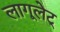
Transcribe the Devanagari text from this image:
लागूलेट्